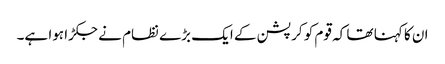
ان کا کہنا تھا کہ قوم کو کرپشن کے ایک بڑے نظام نے جکڑا ہوا ہے۔